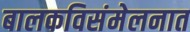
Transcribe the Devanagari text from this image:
बालकविसंमेलनात